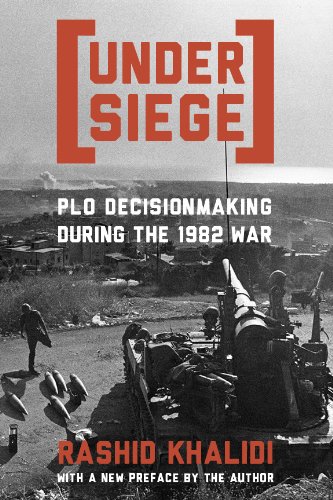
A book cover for Under Siege: P.L.O. Decisionmaking During the 1982 War; Rashid Khalidi; History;